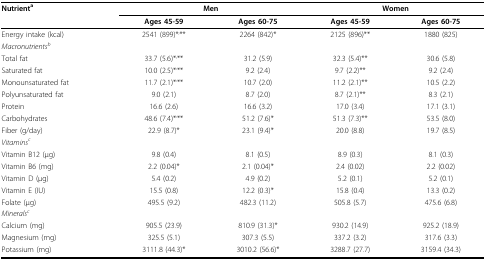
<table><thead><tr><td><b>Nutrient<sup>a</sup></b></td><td colspan="2"><b>Men</b></td><td colspan="2"><b>Women</b></td></tr><tr><td></td><td><b>Ages 45-59</b></td><td><b>Ages 60-75</b></td><td><b>Ages 45-59</b></td><td><b>Ages 60-75</b></td></tr></thead><tbody><tr><td>Energy intake (kcal)</td><td>2541 (899)*<sup>,</sup>**</td><td>2264 (842)*</td><td>2125 (896)**</td><td>1880 (825)</td></tr><tr><td><i>Macronutrients<sup>b</sup></i></td><td></td><td></td><td></td><td></td></tr><tr><td>Total fat</td><td>33.7 (5.6)*<sup>,</sup>**</td><td>31.2 (5.9)</td><td>32.3 (5.4)**</td><td>30.6 (5.8)</td></tr><tr><td>Saturated fat</td><td>10.0 (2.5)*<sup>,</sup>**</td><td>9.2 (2.4)</td><td>9.7 (2.2)**</td><td>9.2 (2.4)</td></tr><tr><td>Monounsaturated fat</td><td>11.7 (2.1)*<sup>,</sup>**</td><td>10.7 (2.0)</td><td>11.2 (2.1)**</td><td>10.5 (2.2)</td></tr><tr><td>Polyunsaturated fat</td><td>9.0 (2.1)</td><td>8.7 (2.0)</td><td>8.7 (2.1)**</td><td>8.3 (2.1)</td></tr><tr><td>Protein</td><td>16.6 (2.6)</td><td>16.6 (3.2)</td><td>17.0 (3.4)</td><td>17.1 (3.1)</td></tr><tr><td>Carbohydrates</td><td>48.6 (7.4)*<sup>,</sup>**</td><td>51.2 (7.6)*</td><td>51.3 (7.3)**</td><td>53.5 (8.0)</td></tr><tr><td>Fiber (g/day)</td><td>22.9 (8.7)*</td><td>23.1 (9.4)*</td><td>20.0 (8.8)</td><td>19.7 (8.5)</td></tr><tr><td><i>Vitamins<sup>c</sup></i></td><td></td><td></td><td></td><td></td></tr><tr><td>Vitamin B12 (μg)</td><td>9.8 (0.4)</td><td>8.1 (0.5)</td><td>8.9 (0.3)</td><td>8.1 (0.3)</td></tr><tr><td>Vitamin B6 (mg)</td><td>2.2 (0.04)*</td><td>2.1 (0.04)*</td><td>2.4 (0.02)</td><td>2.2 (0.02)</td></tr><tr><td>Vitamin D (μg)</td><td>5.4 (0.2)</td><td>4.9 (0.2)</td><td>5.2 (0.1)</td><td>5.2 (0.1)</td></tr><tr><td>Vitamin E (IU)</td><td>15.5 (0.8)</td><td>12.2 (0.3)*</td><td>15.8 (0.4)</td><td>13.3 (0.2)</td></tr><tr><td>Folate (μg)</td><td>495.5 (9.2)</td><td>482.3 (11.2)</td><td>505.8 (5.7)</td><td>475.6 (6.8)</td></tr><tr><td><i>Minerals<sup>c</sup></i></td><td></td><td></td><td></td><td></td></tr><tr><td>Calcium (mg)</td><td>905.5 (23.9)</td><td>810.9 (31.3)*</td><td>930.2 (14.9)</td><td>925.2 (18.9)</td></tr><tr><td>Magnesium (mg)</td><td>325.5 (5.1)</td><td>307.3 (5.5)</td><td>337.2 (3.2)</td><td>317.6 (3.3)</td></tr><tr><td>Potassium (mg)</td><td>3111.8 (44.3)*</td><td>3010.2 (56.6)*</td><td>3288.7 (27.7)</td><td>3159.4 (34.3)</td></tr></tbody></table>